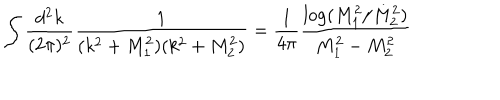
LaTeX: \int \frac { d ^ { 2 } k } { ( 2 \pi ) ^ { 2 } } \frac { 1 } { ( k ^ { 2 } + M _ { 1 } ^ { 2 } ) ( k ^ { 2 } + M _ { 2 } ^ { 2 } ) } = \frac { 1 } { 4 \pi } \frac { \log ( M _ { 1 } ^ { 2 } / M _ { 2 } ^ { 2 } ) } { M _ { 1 } ^ { 2 } - M _ { 2 } ^ { 2 } }